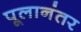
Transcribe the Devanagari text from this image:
पूलानंतर